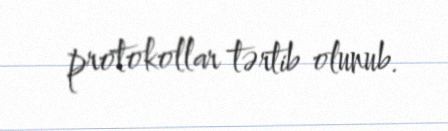
protokollar tərtib olunub.